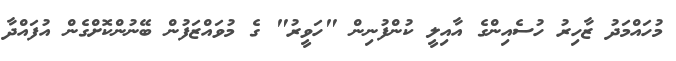
މުހައްމަދު ޒާހިރު ހުސެއިންގެ އާއިލީ ކުންފުނިން "ހަވީރު" ގެ މުވައްޒަފުން ބޭނުންކޮށްގެން އުފައްދާ